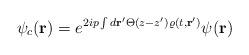
LaTeX: \begin{align*}\psi_c ({\bf r})= e^{2ip\int d{\bf r}'\Theta (z-z')\varrho (t,{\bf r}')}\psi ({\bf r})\end{align*}